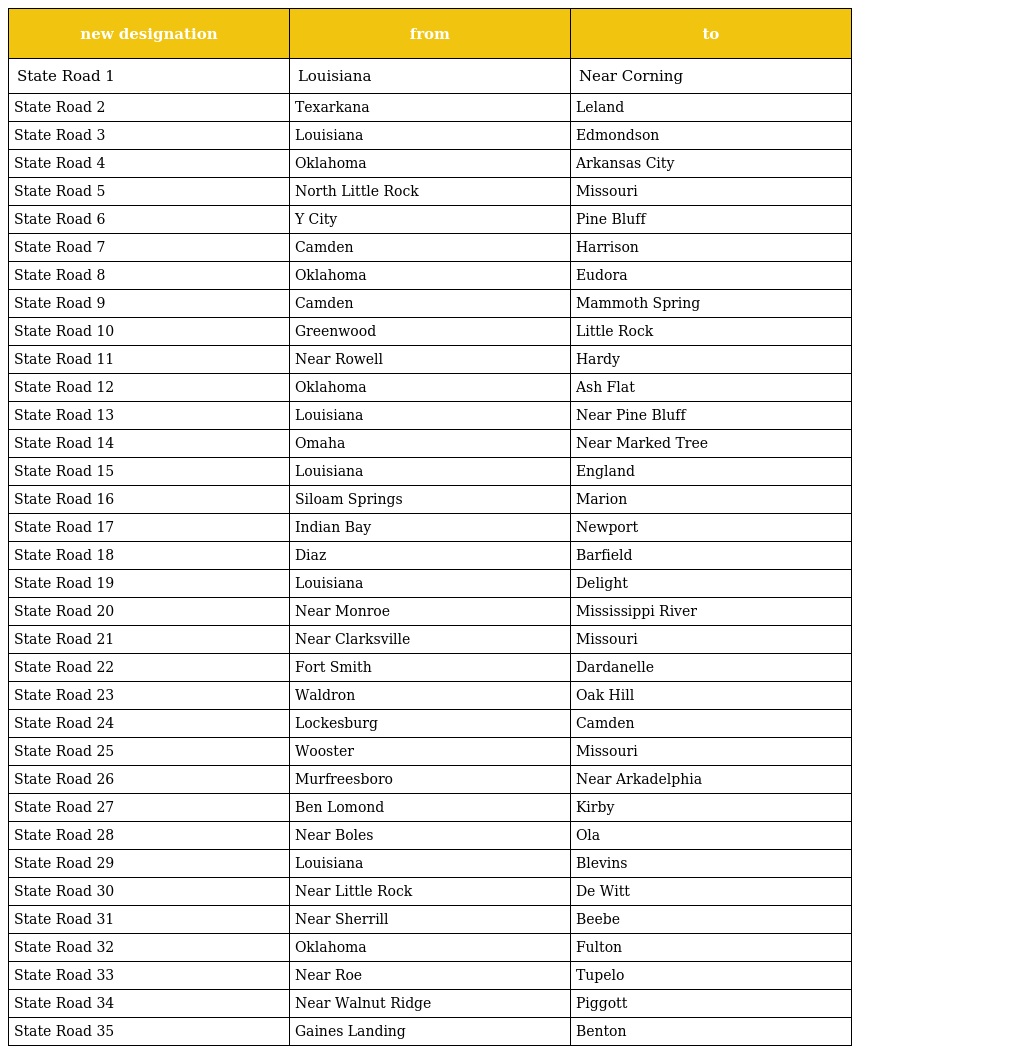
| new designation | from | to |
 | --- | --- | --- |
 | State Road 1 | Louisiana | Near Corning |
 | State Road 2 | Texarkana | Leland |
 | State Road 3 | Louisiana | Edmondson |
 | State Road 4 | Oklahoma | Arkansas City |
 | State Road 5 | North Little Rock | Missouri |
 | State Road 6 | Y City | Pine Bluff |
 | State Road 7 | Camden | Harrison |
 | State Road 8 | Oklahoma | Eudora |
 | State Road 9 | Camden | Mammoth Spring |
 | State Road 10 | Greenwood | Little Rock |
 | State Road 11 | Near Rowell | Hardy |
 | State Road 12 | Oklahoma | Ash Flat |
 | State Road 13 | Louisiana | Near Pine Bluff |
 | State Road 14 | Omaha | Near Marked Tree |
 | State Road 15 | Louisiana | England |
 | State Road 16 | Siloam Springs | Marion |
 | State Road 17 | Indian Bay | Newport |
 | State Road 18 | Diaz | Barfield |
 | State Road 19 | Louisiana | Delight |
 | State Road 20 | Near Monroe | Mississippi River |
 | State Road 21 | Near Clarksville | Missouri |
 | State Road 22 | Fort Smith | Dardanelle |
 | State Road 23 | Waldron | Oak Hill |
 | State Road 24 | Lockesburg | Camden |
 | State Road 25 | Wooster | Missouri |
 | State Road 26 | Murfreesboro | Near Arkadelphia |
 | State Road 27 | Ben Lomond | Kirby |
 | State Road 28 | Near Boles | Ola |
 | State Road 29 | Louisiana | Blevins |
 | State Road 30 | Near Little Rock | De Witt |
 | State Road 31 | Near Sherrill | Beebe |
 | State Road 32 | Oklahoma | Fulton |
 | State Road 33 | Near Roe | Tupelo |
 | State Road 34 | Near Walnut Ridge | Piggott |
 | State Road 35 | Gaines Landing | Benton |